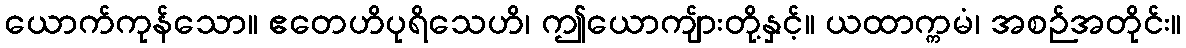
ယောက်ကုန်သော။ ဧတေဟိပုရိသေဟိ၊ ဤယောကျ်ားတို့နှင့်။ ယထာက္ကမံ၊ အစဉ်အတိုင်း။